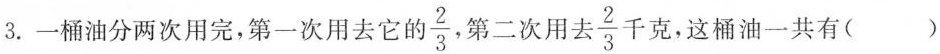
3.一桶油分两次用完，第一次用去它的\frac{2}{3}，第二次用去\frac{2}{3}千克，这桶油一共有()